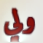
ولي